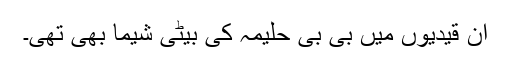
ان قیدیوں میں بی بی حلیمہ کی بیٹی شیما بھی تھی۔